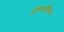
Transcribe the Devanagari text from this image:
जैविकवैविध्य